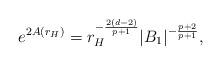
LaTeX: \begin{align*}e^{2A(r_H)}=r_H^{-\frac{2(d-2)}{p+1}}|B_1|^{-\frac{p+2}{p+1}},\end{align*}